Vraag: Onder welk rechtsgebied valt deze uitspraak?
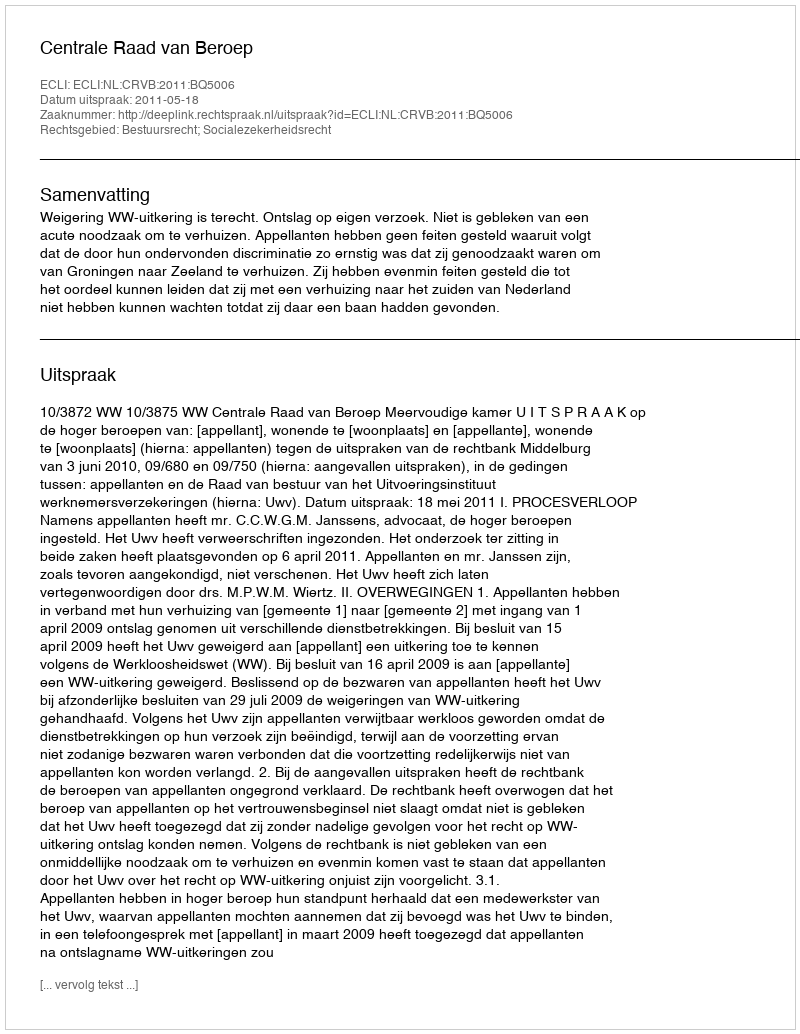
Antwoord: Bestuursrecht; Socialezekerheidsrecht